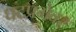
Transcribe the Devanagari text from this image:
घटप्रभेवर